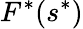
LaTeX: F^{*}(s^{*})